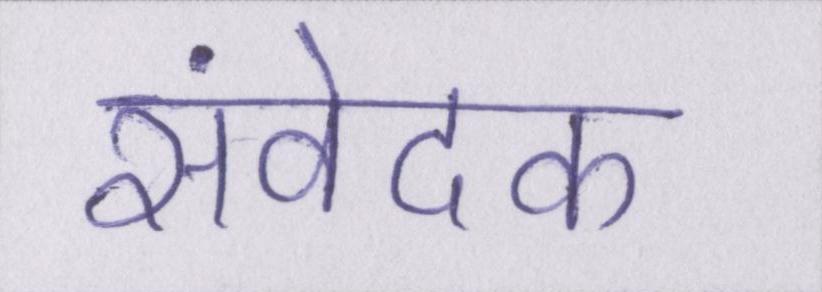
संवेदक